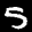
Label: 5